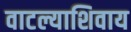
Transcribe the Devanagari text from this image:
वाटल्याशिवाय